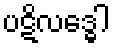
ပဋိလဒ္ဓေါ